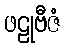
ဖဠုဗီဇံ